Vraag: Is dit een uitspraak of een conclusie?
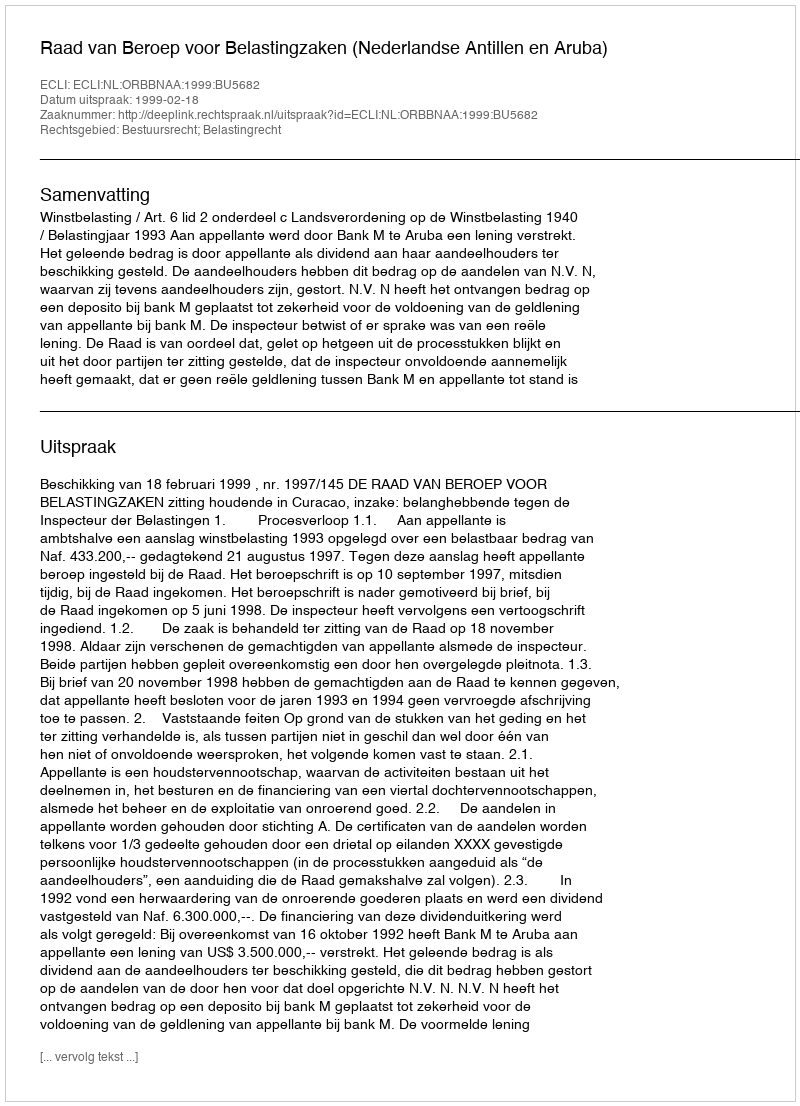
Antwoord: Uitspraak